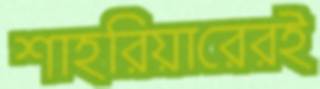
শাহরিয়ারেরই